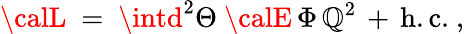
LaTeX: {\calL}\ =\ \intd^{2}\Theta\ {\calE}\, \Phi\, \mathbb{Q}^{2}\, +\, \mathrm{{h.c.}}~,